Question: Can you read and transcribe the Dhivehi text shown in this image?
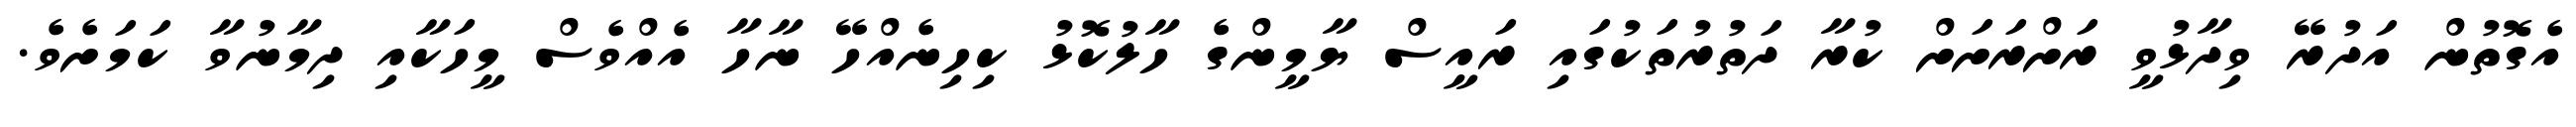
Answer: އެގޮތުން އަދުރޭ ވިދާޅުވީ ރަށްރަށަށް ކުރާ ދަތުރުތަކުގައި ރައީސް ޔާމީންގެ ހާލުކޮޅު ކިހިނެއްހޭ ނާހާ އެއްވެސް މީހަކާއި ދިމާނުވާ ކަމަށެވެ.